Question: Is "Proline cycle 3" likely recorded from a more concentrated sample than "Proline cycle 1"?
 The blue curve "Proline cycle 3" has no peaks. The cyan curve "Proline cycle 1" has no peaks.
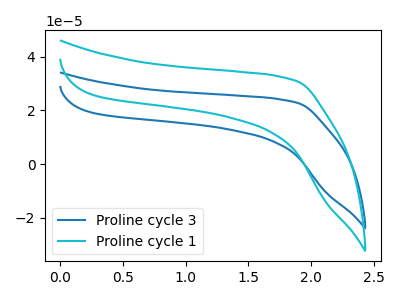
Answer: <think>Neither "Proline cycle 3" or "Proline cycle 1" have any peaks.
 </think>
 <answer>I cant tell if "Proline cycle 3" or "Proline cycle 1" has more signal.</answer>
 <eval>mixed_signal</eval>